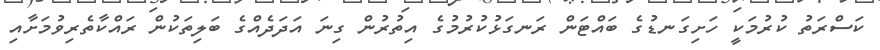
ކަސްރަތު ކުރުމަކީ ހަށިގަނޑުގެ ބައްޓަން ރަނގަޅުކުރުމުގެ އިތުރުން ގިނަ އަދަދެއްގެ ބަލިތަކުން ރައްކާތެރިވުމަށާއި